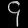
Digit: ၄